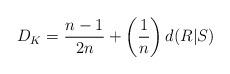
LaTeX: \begin{align*}D_K = \frac{n-1}{2n} + \left(\frac{1}{n}\right)d(R|S)\end{align*}